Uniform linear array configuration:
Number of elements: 16
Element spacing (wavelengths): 0.25
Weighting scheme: kaiser
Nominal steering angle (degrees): -30
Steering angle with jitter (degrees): -28.373
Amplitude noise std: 0.05
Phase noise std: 0.05

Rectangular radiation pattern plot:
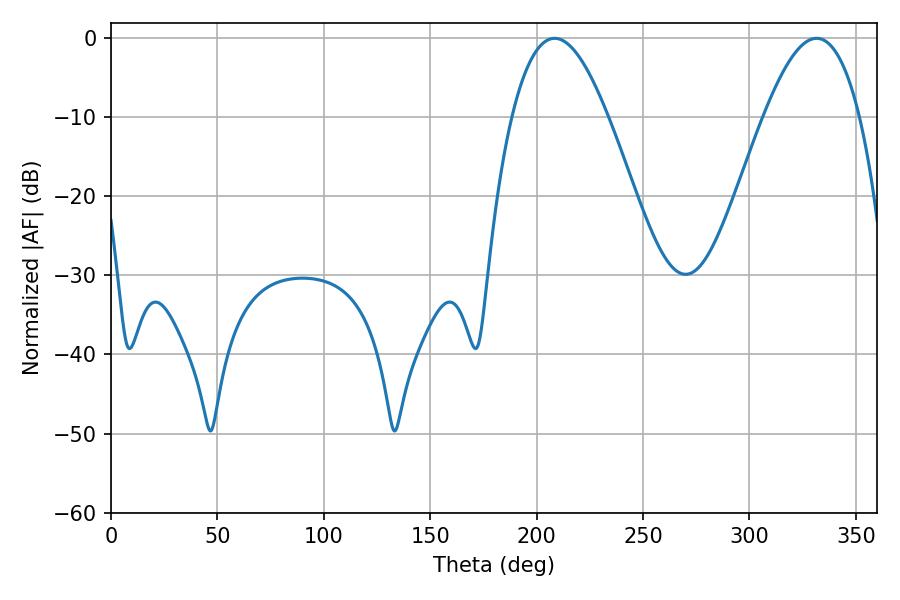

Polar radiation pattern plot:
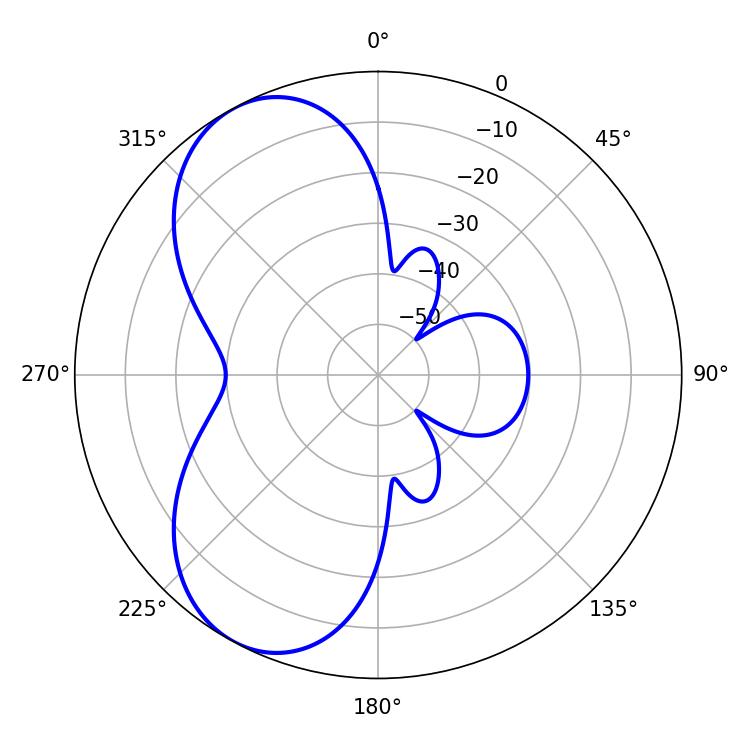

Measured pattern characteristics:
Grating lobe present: FALSE
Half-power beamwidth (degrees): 24.66
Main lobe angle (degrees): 208.44